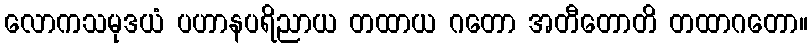
လောကသမုဒယံ ပဟာနပရိညာယ တထာယ ဂတော အတီတောတိ တထာဂတော။